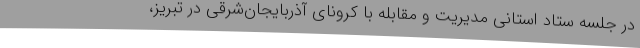
در جلسه ستاد استانی مدیریت و مقابله با کرونای آذربایجان‌شرقی در تبریز،